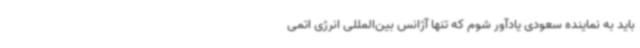
باید به نماینده سعودی یادآور شوم که تنها آژانس بین‌المللی انرژی اتمی